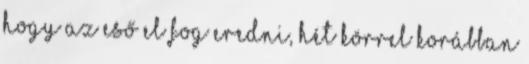
hogy az eső el fog eredni, hét körrel korábban